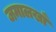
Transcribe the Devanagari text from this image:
जमालखाँ